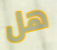
هل